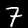
Label: 7